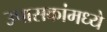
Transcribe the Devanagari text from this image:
उपासकांमध्ये